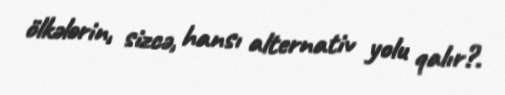
ölkələrin, sizcə, hansı alternativ yolu qalır?.